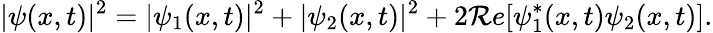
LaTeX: |\psi(x,t)|^{2}=|\psi_{1}(x,t)|^{2}+|\psi_{2}(x,t)|^{2}+2\mathcal{R}e[\psi_{1}^{*}(x,t)\psi_{2}(x,t)].